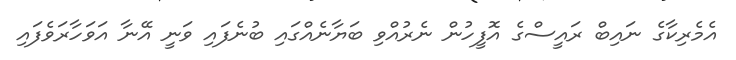
އެމެރިކާގެ ނައިބް ރައީސްގެ އޮފީހުން ނެރުއްވި ބަޔާނެއްގައި ބުނެފައި ވަނީ އޭނާ އަވަހާރަވެފައި